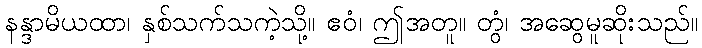
နန္ဒာမိယထာ၊ နှစ်သက်သကဲ့သို့။ ဧဝံ၊ ဤအတူ။ တွံ၊ အဆွေမူဆိုးသည်။